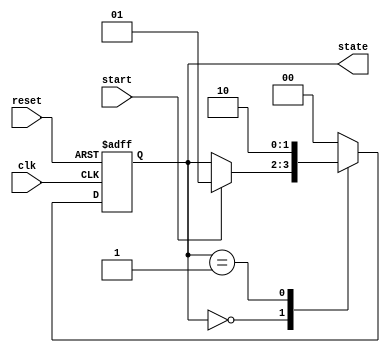
module fsm_example (
    input wire clk,          // Clock input
    input wire reset,        // Reset input
    input wire start,        // Start signal
    output reg [1:0] state   // State output
);

    // Define state encoding
    parameter IDLE = 2'b00;
    parameter RUNNING = 2'b01;
    parameter DONE = 2'b10;

    // Initial state
    initial begin
        state = IDLE;
    end

    // FSM behavior using @ (event)
    always @(posedge clk or posedge reset) begin
        if (reset) begin
            state <= IDLE;  // Reset state
        end else begin
            case (state)
                IDLE: begin
                    if (start) begin
                        state <= RUNNING;  // Transition to RUNNING state
                    end
                end
                RUNNING: begin
                    // Some processing logic could go here
                    state <= DONE;  // Transition to DONE state
                end
                DONE: begin
                    // Optionally return to IDLE or stay in DONE
                    state <= IDLE;  // Transition back to IDLE state
                end
                default: state <= IDLE; // Default case to handle unexpected states
            endcase
        end
    end

endmodule